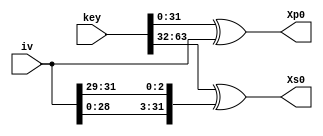
module key_setup_stream(key,iv,Xp0,Xs0);

input [31:0]iv;
input [146:0]key;
output [31:0]Xp0;
output [31:0]Xs0;


wire [31:0] Xp,Xs,ivp,ivs;

assign Xp=key[31:0]; 
assign Xs=key[63:32];


assign ivp=iv;
assign ivs={{iv[28:0]},{iv[31:29]}};


assign Xp0=Xp^ivp;
assign Xs0=Xs^ivs;


endmodule